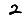
Digit: 2